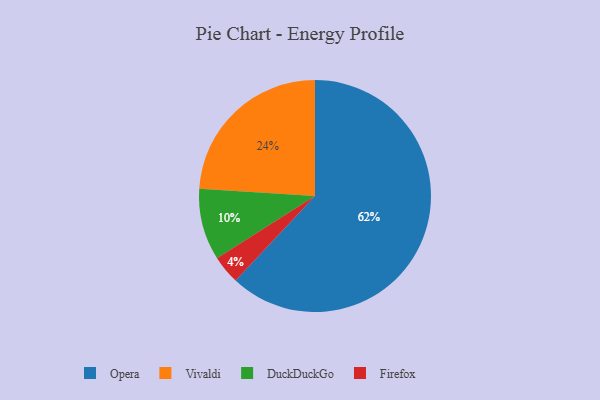
{"axis": {"x": "Category", "y": "Percentage"}, "legend": ["DuckDuckGo", "Firefox", "Opera", "Vivaldi"], "data": [{"x": "Firefox", "y": 4, "type": "Firefox"}, {"x": "Vivaldi", "y": 24, "type": "Vivaldi"}, {"x": "Opera", "y": 62, "type": "Opera"}, {"x": "DuckDuckGo", "y": 10, "type": "DuckDuckGo"}]}